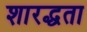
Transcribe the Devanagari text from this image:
शारद्धता